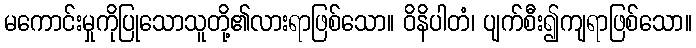
မကောင်းမှုကိုပြုသောသူတို့၏လားရာဖြစ်သော။ ဝိနိပါတံ၊ ပျက်စီး၍ကျရာဖြစ်သော။